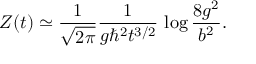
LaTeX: Z ( t ) \simeq { \frac { 1 } { \sqrt { 2 \pi } } } { \frac { 1 } { g \hbar ^ { 2 } t ^ { 3 / 2 } } } \, \log { \frac { 8 g ^ { 2 } } { b ^ { 2 } } } .